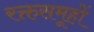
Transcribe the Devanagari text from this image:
रक्तसमूहों